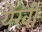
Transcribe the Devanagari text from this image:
येरवी